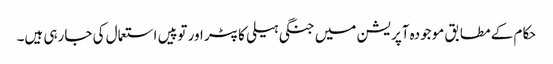
حکام کے مطابق موجودہ آپریشن میں جنگی ہیلی کاپٹر اور توپیں استعمال کی جارہی ہیں۔